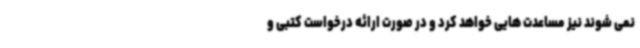
نمی شوند نیز مساعدت هایی خواهد کرد و در صورت ارائه درخواست کتبی و